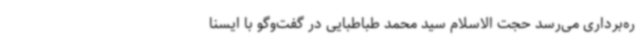
ره‌برداری می‌رسد حجت الاسلام سید محمد طباطبایی در گفت‌وگو با ایسنا